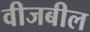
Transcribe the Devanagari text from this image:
वीजबील